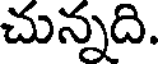
చున్నది.